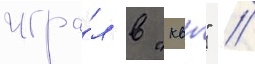
игра́л в "квн" /